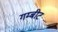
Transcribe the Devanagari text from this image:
गम्बीट